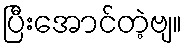
ပြီးအောင်တဲ့ဗျ။